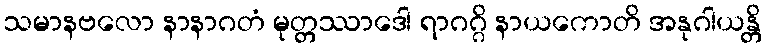
သမာနဗလော နာနာဂတံ မုတ္တဿာဒေါ ရာဂဂ္ဂိ နာယကောတိ အနုဂါယန္တိ